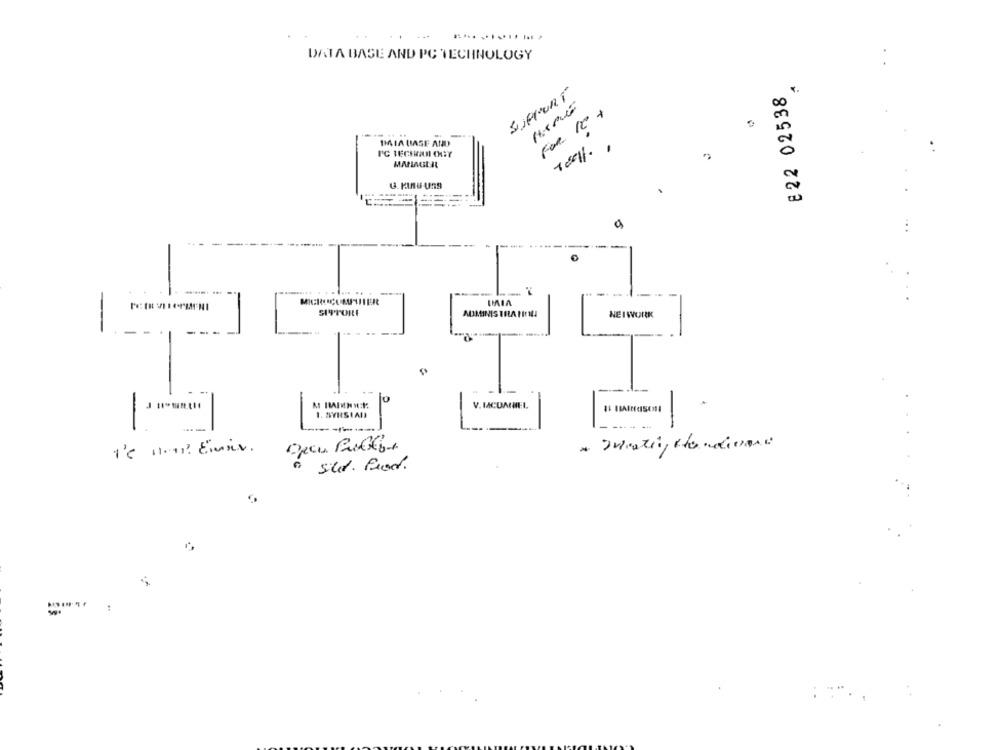
DATA BASE AND PC TECHNOLOGY
8 22 02538
SUPPORT
For 16:
-......
1MIA UASE AND
MANAGER
SI9'TORE
ADMINIS TRLA HEN!
NETWORK
-
lo
1. SYRSTAD
V. MCUAUEL.
-
-
1'e 100? Einsir.
· sild. Fred.